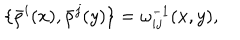
LaTeX: \{ \bar { \rho } ^ { i } ( x ) , \bar { \rho } ^ { j } ( y ) \} = \omega _ { i j } ^ { - 1 } ( x , y ) ,